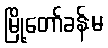
မြို့တော်ခန်းမ